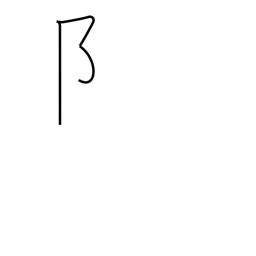
Meaning: left village radical - 2 stroke form (no. 170)